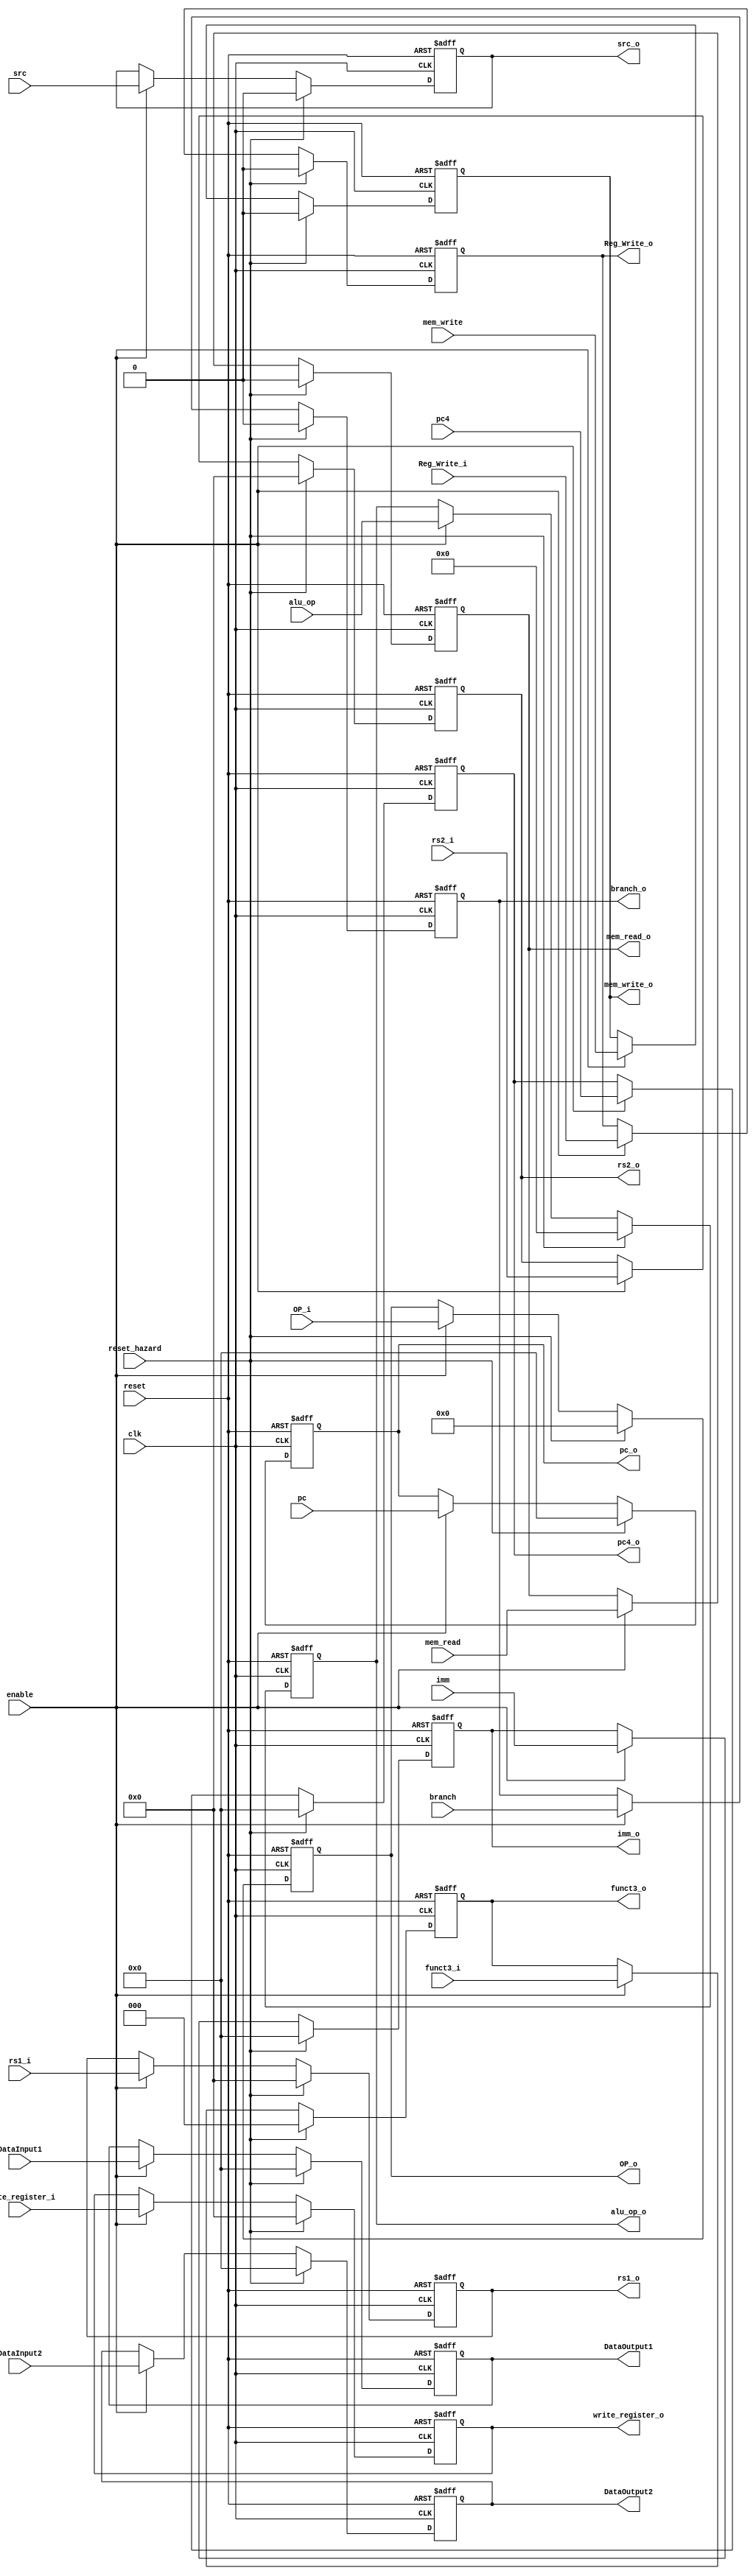
/******************************************************************
* Description
*	This is a register that is used for implementing pipeline stall 
*	1.0
* Author:
*	Gabriela de la Fuente & Daniel Gutirrez
******************************************************************/
module Register_ID_EX
#(
	parameter N = 32
)
(
	input clk,
	input reset,
	input reset_hazard,
	input enable,
	input branch, //entrada del branch control
	input [6:0] OP_i,//entrada para el branch control
	input [2:0] funct3_i, //entrada del branch control
	
	output reg [6:0] OP_o,//salida para el branch control
	output reg [2:0] funct3_o, //salida para branch control
	

	input mem_read,
	input mem_write,
	input  [N-1:0] pc,
	input  [N-1:0] DataInput1,
	input  [N-1:0] DataInput2,
	input  [N-1:0] imm,
	input	 [3:0] alu_op,
	input  [N-1:0] pc4,
	input src,

	input Reg_Write_i,
	input	[4:0] write_register_i,
	input [4:0] rs1_i,
	input [4:0] rs2_i,
	
	output reg [4:0] rs1_o,
	output reg [4:0] rs2_o,
	output reg [4:0] write_register_o,
	output reg Reg_Write_o,

	output reg src_o,
	output reg [N-1:0] pc4_o,
	
	output reg [3:0] alu_op_o,
	output reg branch_o,
	output reg mem_read_o,
	output reg mem_write_o,
	output reg [N-1:0] pc_o,
	output reg [N-1:0] DataOutput1,
	output reg [N-1:0] DataOutput2,
	output reg [N-1:0] imm_o
);

always@(negedge reset or negedge clk) begin
	if(reset==0)
		begin
		pc_o <= 0;
		DataOutput1<=0;
		DataOutput2<=0;
		imm_o<=0;
		alu_op_o<=0;
		branch_o<=0;
		mem_read_o<=0;
		mem_write_o<=0;
		pc4_o<=0;
		src_o<=0;
		Reg_Write_o <= 0;
		write_register_o<=0;
		rs1_o<=0;
		rs2_o<=0;
		funct3_o<=0;
		OP_o<=0;
		end
	else
		if(reset_hazard==1)
			begin
			pc_o <= 0;
			DataOutput1<=0;
			DataOutput2<=0;
			imm_o<=0;
			alu_op_o<=0;
			branch_o<=0;
			mem_read_o<=0;
			mem_write_o<=0;
			pc4_o<=0;
			src_o<=0;
			Reg_Write_o <= 0;
			write_register_o<=0;
			rs1_o<=0;
			rs2_o<=0;
			funct3_o<=0;
			OP_o<=0;
			end
			
	else	
		if(enable==1)
			begin
			pc_o<=pc;
			DataOutput1<=DataInput1;
			DataOutput2<=DataInput2;
			imm_o<=imm;
			alu_op_o<=alu_op;
			branch_o<=branch;
			mem_read_o<=mem_read;
			mem_write_o<=mem_write;
			pc4_o<=pc4;
			src_o<=src;
			Reg_Write_o<=Reg_Write_i;
			write_register_o<=write_register_i;
			rs1_o<=rs1_i;
			rs2_o<=rs2_i;
			funct3_o<=funct3_i;
			OP_o<=OP_i;
			end
end

endmodule